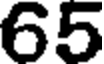
65